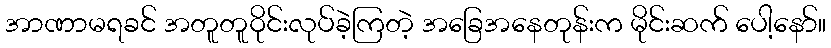
အာဏာမရခင် အတူတူဝိုင်းလုပ်ခဲ့ကြတဲ့ အခြေအနေတုန်းက မိုင်းဆက် ပေါ့နော်။